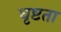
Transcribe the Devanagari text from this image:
घृष्टता